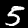
Digit: 5